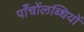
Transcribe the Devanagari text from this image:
पाँचोंलब्धियों